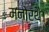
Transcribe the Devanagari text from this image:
मनोरथै।